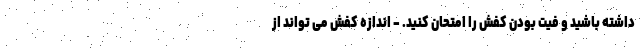
داشته باشید و فیت بودن کفش را امتحان کنید. - اندازه کفش می تواند از